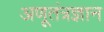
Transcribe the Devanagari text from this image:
अणूतंत्रज्ञान